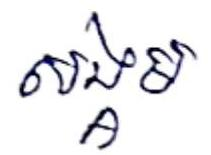
សង្គម